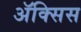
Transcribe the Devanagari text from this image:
ॲक्सिस